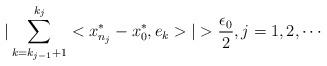
LaTeX: \begin{align*}|\sum_{k=k_{j-1}+1}^{k_{j}}<x^{*}_{n_{j}}-x^{*}_{0},e_{k}>|>\frac{\epsilon_{0}}{2},j=1,2,\cdots\end{align*}